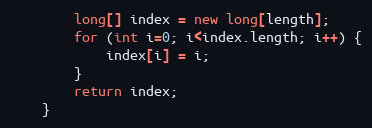
Language: Java
        long[] index = new long[length];
        for (int i=0; i<index.length; i++) {
            index[i] = i;
        }
        return index;
    }